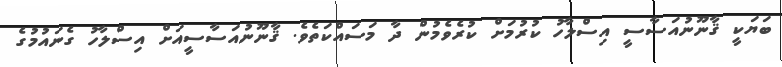
ބަޔަކީ ޤާނޫނުއަސާސީ އިސްލާހު ކުރުމަށް ކުރެވެމުން ދާ މަސައްކަތެވެ. ޤާނޫނުއަސާސީއަށް އިސްލާހު ގެނައުމުގެ